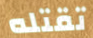
تقتله